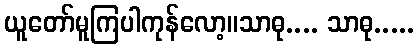
ယူတော်မူကြပါကုန်လော့။သာဓု.... သာဓု.....